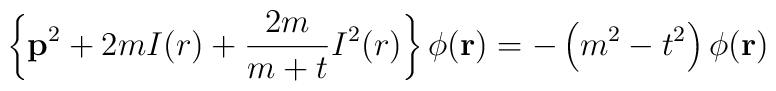
\left\{{\bf p}^2+2mI(r)+\frac {2m}{m+t}I^2(r)\right\}\phi ({\bf r})=-\left(m^2-t^2\right)\phi ({\bf r})